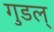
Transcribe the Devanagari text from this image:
गुडल्